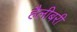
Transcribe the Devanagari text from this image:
हैलीबरी